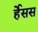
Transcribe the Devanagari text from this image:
र्हेसस